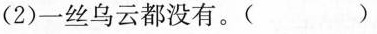
(2)一丝乌云都没有。()